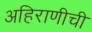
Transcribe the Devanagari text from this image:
अहिराणीची